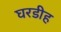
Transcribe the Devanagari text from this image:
घरडीह